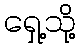
ရှေ့သို့